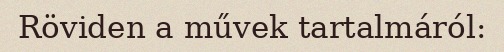
Röviden a művek tartalmáról: